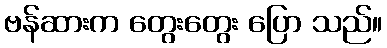
ဗန်ဆားက တွေးတွေး ပြော သည်။